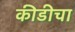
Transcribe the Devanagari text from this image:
कीडीचा